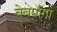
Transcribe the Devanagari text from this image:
वेबमाँगा